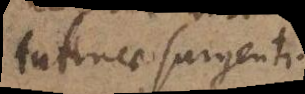
tutinae surgenti.